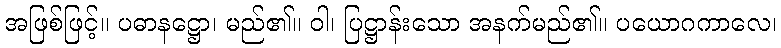
အဖြစ်ဖြင့်။ ပဓာနဋ္ဌော၊ မည်၏။ ဝါ၊ ပြဋ္ဌာန်းသော အနက်မည်၏။ ပယောဂကာလေ၊